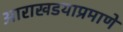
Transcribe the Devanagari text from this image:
आराखडयाप्रमाणे